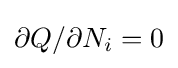
\partial Q/\partial N_{i}=0